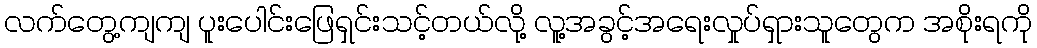
လက်တွေ့ကျကျ ပူးပေါင်းဖြေရှင်းသင့်တယ်လို့ လူ့အခွင့်အရေးလှုပ်ရှားသူတွေက အစိုးရကို